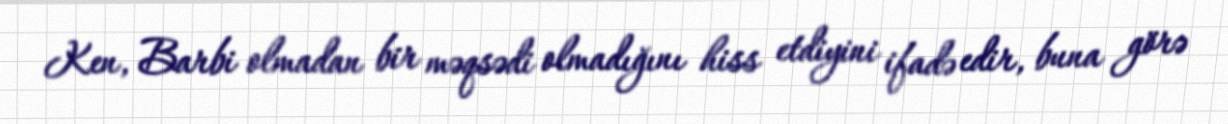
Ken, Barbi olmadan bir məqsədi olmadığını hiss etdiyini ifadə edir, buna görə